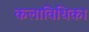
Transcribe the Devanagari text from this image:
कलाविधिका